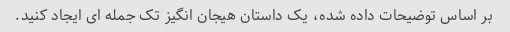
بر اساس توضیحات داده شده، یک داستان هیجان انگیز تک جمله ای ایجاد کنید.